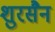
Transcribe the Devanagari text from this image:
शुरसैन